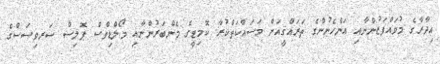
އިދާރާގެ މުވައްފަޒުންނާއި އަންހެނުންގެ ތަރައްޤީއަށް މަސައްކަތްކުރާ ކޮމިޓީގެ މެންބަރުންނާއި މޯލްޑިވްސް ޕޮލިސް ސަރވިސަސްގެ